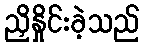
ညှိနှိုင်းခဲ့သည်